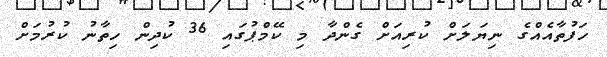
ހަފުތާއެއްގެ ނިޔަލަށް ކުރިއަށް ގެންދާ މި ކޭމްޕުގައި 36 ކުދިން ހިތާނު ކުރުމަށް